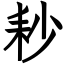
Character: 耖